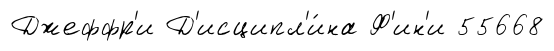
Джеффр'и Д'исципл'и́на Ф'ин'и 55668